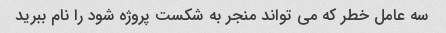
سه عامل خطر که می تواند منجر به شکست پروژه شود را نام ببرید